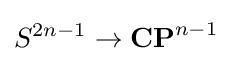
S^{2n-1}\to \mathbf {CP} ^{n-1}